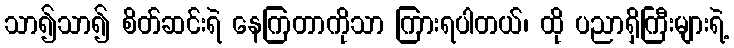
သာ၍သာ၍ စိတ်ဆင်းရဲ နေကြတာကိုသာ ကြားရပါတယ်၊ ထို ပညာရှိကြီးများရဲ့